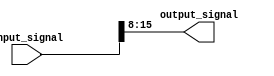
module part_select_assign (
    input [31:0] input_signal,
    output [7:0] output_signal
);

    // Assigning bits [15:8] from input signal to output signal
    assign output_signal = input_signal[15:8];

endmodule